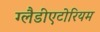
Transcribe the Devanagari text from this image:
ग्लैडीएटोरियम